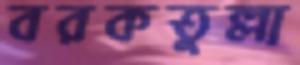
বরকতুল্লা